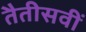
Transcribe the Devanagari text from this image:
तैतीसवीं